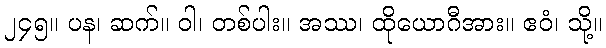
၂၄၅။ ပန၊ ဆက်။ ဝါ၊ တစ်ပါး။ အဿ၊ ထိုယောဂီအား။ ဧဝံ၊ သို့။